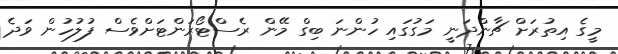
މީގެ އިތުރަށް ޗާންދަނީ މަގުގައި ހުންނަ ބިގް މޭން ރެސްޓޯރަންޓަށްވެސް ފުލުހުން ވަދެ